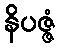
နိပဇ္ဇံ